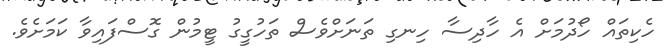
ހެކިތައް ހޯދުމަށް އެ ހާދިސާ ހިނގި ތަނަށްވެސް ތަހުގީގު ޓީމުން ގޮސްފައިވާ ކަމަށެވެ.